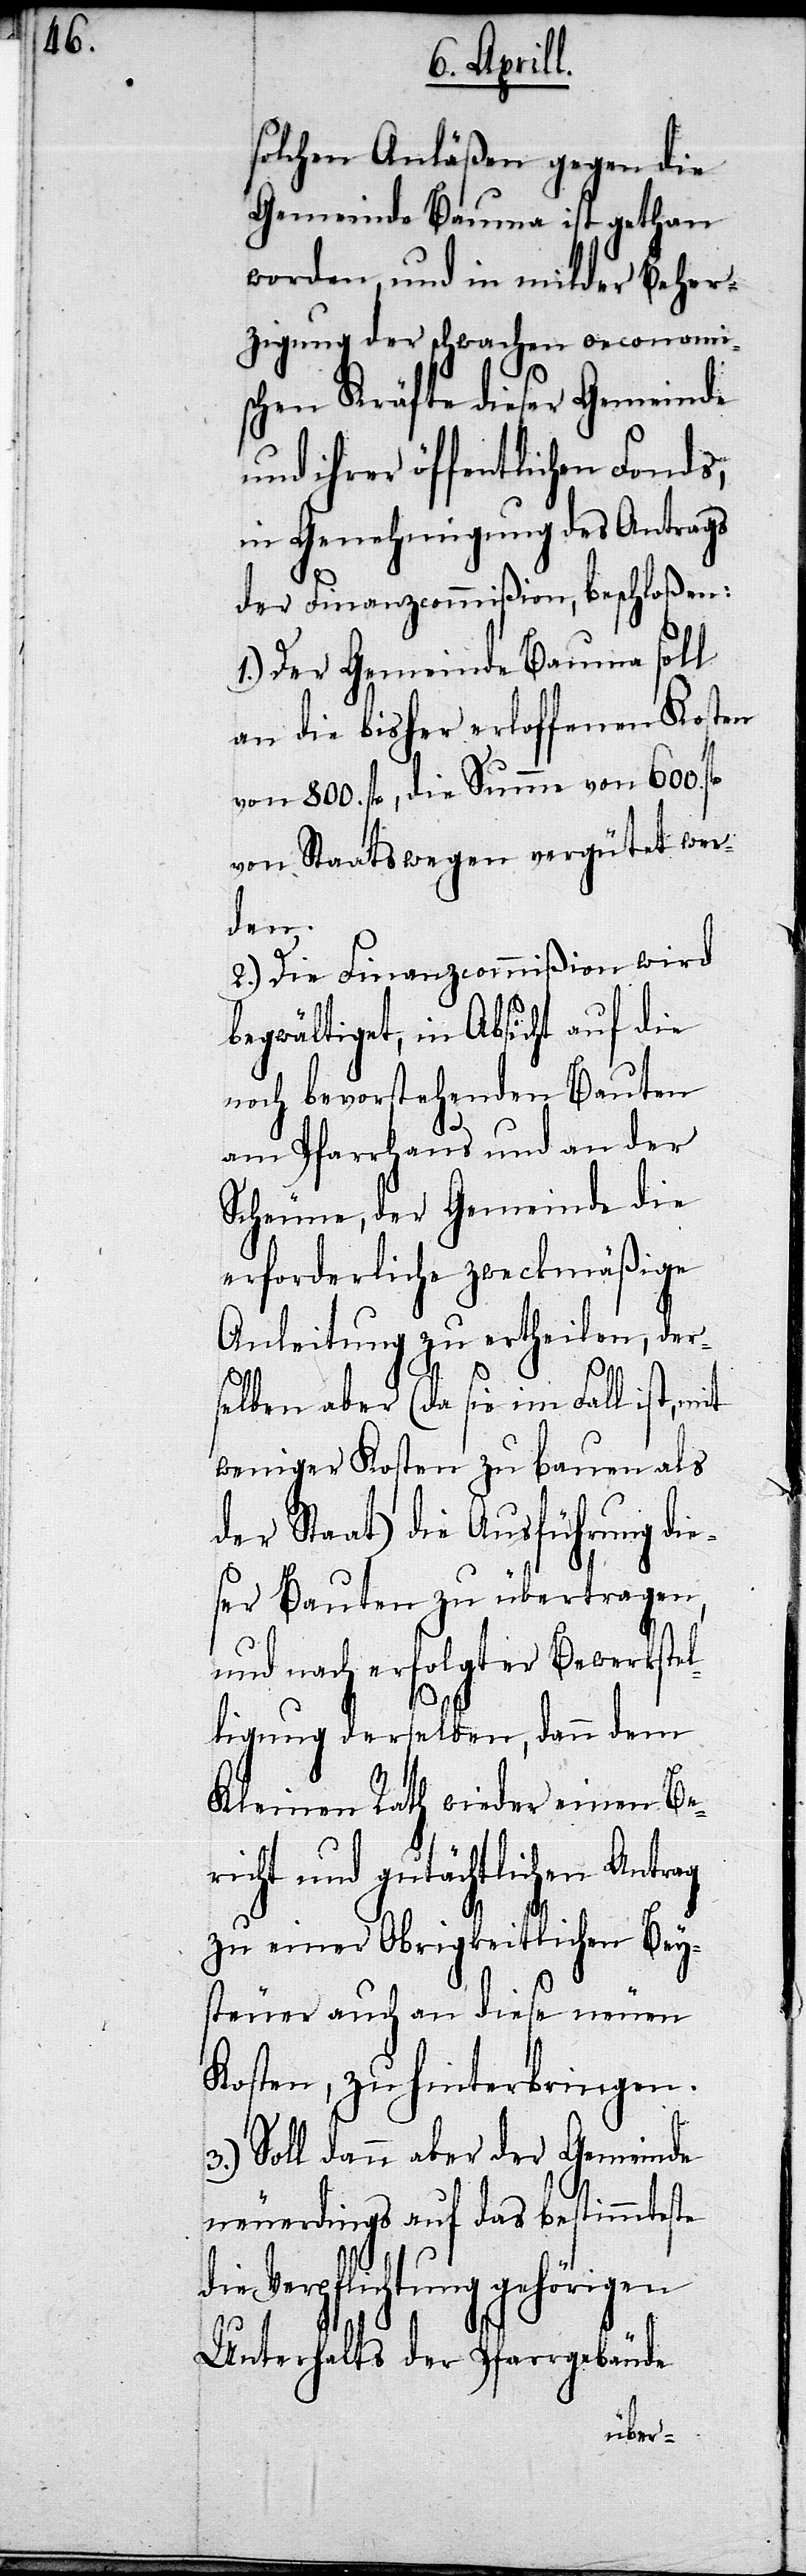
solchen Anläßen gegen die
Gemeinde Bauma ist gethan
worden, und in milder Beher¬
zigung der schwachen oeconomi¬
schen Kräfte dieser Gemeinde
und ihrer öffentlichen Fonds,
in Genehmigung des Antrags
der Finanzcommißion, beschloßen:
1.) Der Gemeinde Bauma soll
von 800. fl., die Summe von 600. fl.
von Staatswegen vergütet wer¬
den.
2.) Die Finanzcommißion wird
begwältiget, in Absicht auf die
noch bevorstehenden Bauten
am Pfarrhaus und an der
Scheune, der Gemeinde die
erforderliche zweckmäßige
Anleitung zu ertheilen, der¬
selben aber (da sie im Fall ist,
weniger Kosten zu bauen als
der Staat) die Ausführung die¬
ser Bauten zu übertragen,
und nach erfolgter Bewerkstel¬
ligung derselben, dann dem
Kleinen Rath wieder einen Be¬
richt und gutächtlichen Antrag
zu einer Obrigkeitlichen Bey¬
steuer auch an diese neuen
Kosten, zu hinterbringen.
3.) Soll dann aber der Gemeinde
neuerdings auf das bestimmteste
die Verpflichtung gehörigen
Unterhalts der Pfarrgebäude